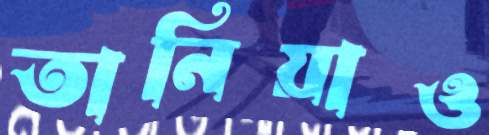
তানিয়াও